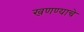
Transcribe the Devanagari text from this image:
खणण्याचे